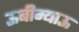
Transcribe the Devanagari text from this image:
ऊबीम्याऊ